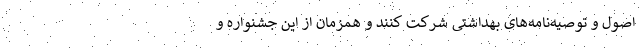
اصول و توصیه‌نامه‌های بهداشتی شرکت ‌کنند و همزمان از این جشنواره و